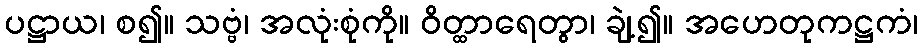
ပဋ္ဌာယ၊ စ၍။ သဗ္ဗံ၊ အလုံးစုံကို။ ဝိတ္ထာရေတွာ၊ ချဲ့၍။ အဟေတုကဋ္ဌကံ၊